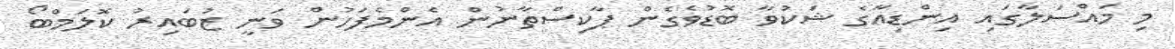
މި މައްސަލާގައި އިންޑިއާގެ ޝަކުވާ ބޮޑުވެގެން ޕާކިސްތާނުން އެންމެފަހުން ވަނީ ޒުބައިރު ކޮލަމްބޯ